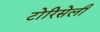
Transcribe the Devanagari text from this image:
टोरिसेली